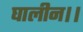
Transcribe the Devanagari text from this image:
घालीन।।